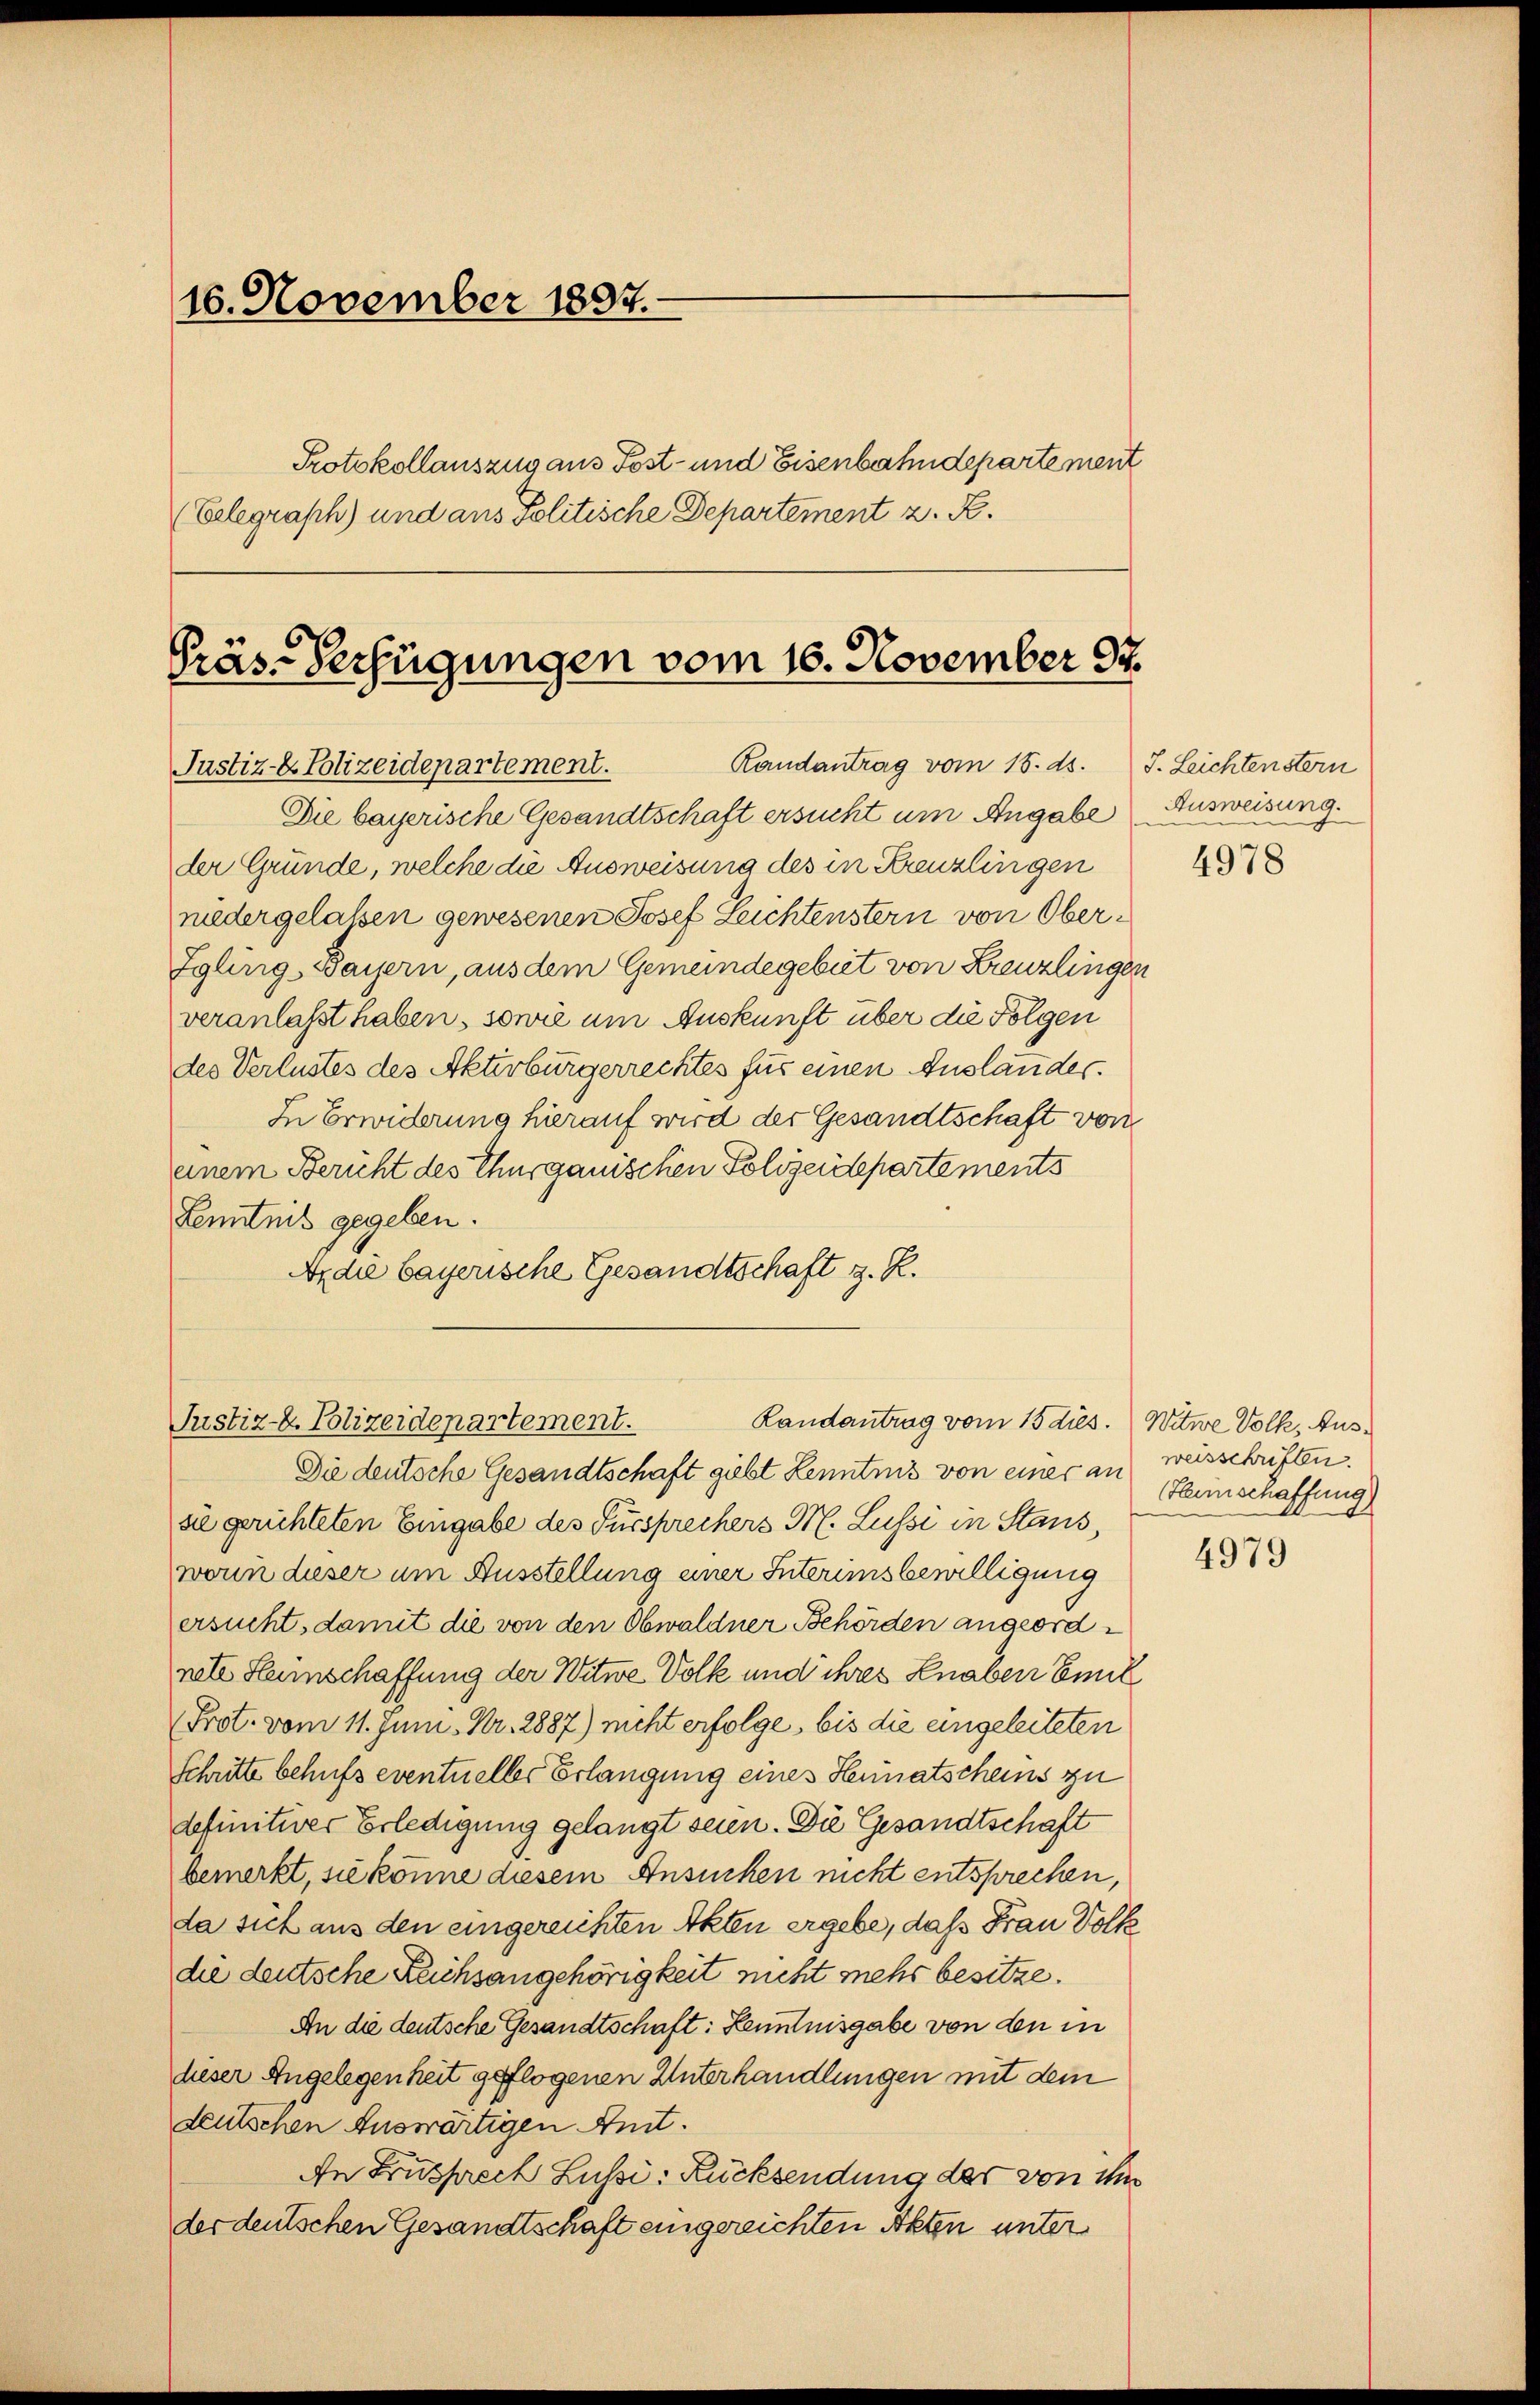
16. November 1897.
Protokollauszug aus Post- und Eisenbahndepartement
(Eelegraph) und aus Politische Departement z. R.

Präs-Verfügungen vom 16. November 97.

Justiz- & Polizeidepartement.
Die bayerische Gesandtschaft ersucht um Angabe
der Gründe, welche die Ausweisung des in Kreuzlingen
niedergelassen gewesenen Josef Leichtenstern von Ober¬
Igling-Bayern, aus dem Gemeindegebiet von Kreuzlingen
veranlaßt haben, sowie um Auskunft über die Folgen
des Verlustes des Aktivbürgerrechtes für einen Auslandes.
In Erwiderung hierauf wird der Gesandtschaft von
einem Bericht des Thurgauischen Polizeidepartements
Kenntnis gegeben.
Axdie bayerische Gesandtschaft z. R.

Randantrag vom 18. ds. J. Leichtenstern

Landantrag vom 15 dies. Witwe Volk, Aus¬
Justiz- u. Polizeidepartement.

Die deutsche Gesandtschaft giebt Lenntnis von einer an
sie gerichteten Eingabe des Fürsprechers M. Lussi in Stans,
wonn dieser um Ausstellung einer Interimsbewilligung
ersucht, damit die von den Obwaldner Behörden angeordnete Heimschaffung der Witwe Volk und ihres Knaben Emil
Prot. vom 11. Juni. Nr. 2887) nicht erfolge, bis die eingeleiteten
schritte behufs eventueller Erlangung eines Hennatscheins zu
definitiver Erledigung gelangt seien. Die Gesandtschaft
bemerkt, sie könne diesem Ansuchen nicht entsprechen,
da sich aus den eingereichten Akten ergebe, daß Frau Volk
die deutsche Reichsangehörigkeit nicht mehr besitze.
An die deutsche Gesandtschaft: Lenntnisgabe von den in
dieser Angelegenheit geflogenen Unterhandlungen mit dem
deutschen Auswärtigen Amt.
An Frusprech Lussi: Rücksendung der von ihm
der deutschen Gesandtschaft eingereichten Akten unter

Ausweisung.

4978

weisschriften.
Hlanschaffung)

4979